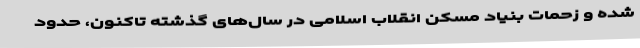
شده و زحمات بنیاد مسکن انقلاب اسلامی در سال‌های گذشته تاکنون، حدود